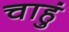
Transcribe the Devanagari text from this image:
चाहुं